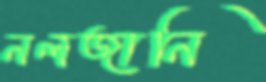
নলজানি